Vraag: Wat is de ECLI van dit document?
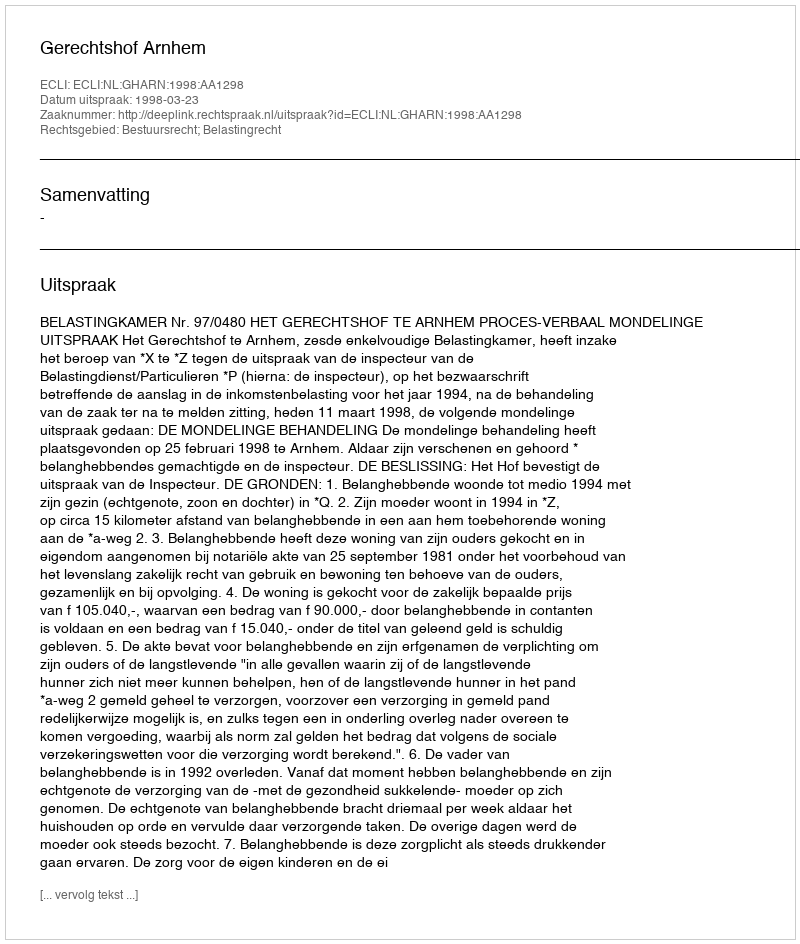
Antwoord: ECLI:NL:GHARN:1998:AA1298